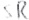
Text: SR